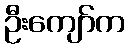
ဦးကျော်က